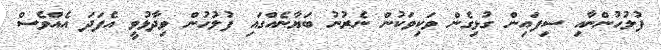
ފުލުހުންނާއި ސިފައިން ގުޅިގެން ވަކިވަކުން ނެރުނު ބަޔާނެއްގައި ފުލުހުން ވިދާޅުވީ އެފަދަ އެއްވެސް